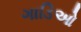
ગાડિઓ